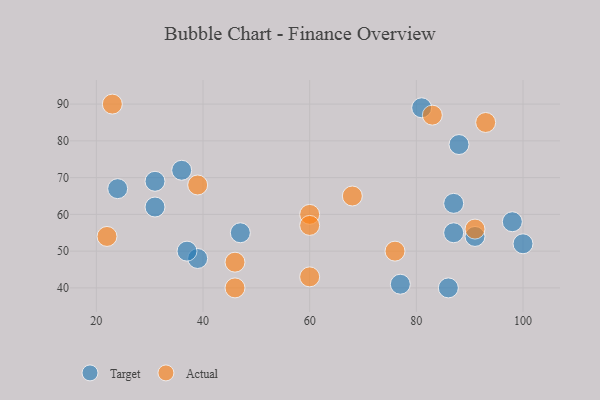
{"axis": {"x": "GDP", "y": "Life Expectancy"}, "legend": ["Actual", "Target"], "data": [{"x": "91", "y": 54, "type": "Target"}, {"x": "31", "y": 69, "type": "Target"}, {"x": "87", "y": 55, "type": "Target"}, {"x": "100", "y": 52, "type": "Target"}, {"x": "47", "y": 55, "type": "Target"}, {"x": "81", "y": 89, "type": "Target"}, {"x": "77", "y": 41, "type": "Target"}, {"x": "88", "y": 79, "type": "Target"}, {"x": "31", "y": 62, "type": "Target"}, {"x": "24", "y": 67, "type": "Target"}, {"x": "87", "y": 63, "type": "Target"}, {"x": "86", "y": 40, "type": "Target"}, {"x": "98", "y": 58, "type": "Target"}, {"x": "39", "y": 48, "type": "Target"}, {"x": "36", "y": 72, "type": "Target"}, {"x": "37", "y": 50, "type": "Target"}, {"x": "76", "y": 50, "type": "Actual"}, {"x": "39", "y": 68, "type": "Actual"}, {"x": "46", "y": 40, "type": "Actual"}, {"x": "60", "y": 60, "type": "Actual"}, {"x": "22", "y": 54, "type": "Actual"}, {"x": "91", "y": 56, "type": "Actual"}, {"x": "23", "y": 90, "type": "Actual"}, {"x": "60", "y": 57, "type": "Actual"}, {"x": "68", "y": 65, "type": "Actual"}, {"x": "83", "y": 87, "type": "Actual"}, {"x": "93", "y": 85, "type": "Actual"}, {"x": "60", "y": 43, "type": "Actual"}, {"x": "46", "y": 47, "type": "Actual"}]}